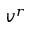
v ^ { r }